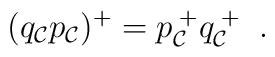
(q_{\cal C}p_{\cal C})^{+}=p_{\cal C}^{\; +}q_{\cal C}^{\; +} \; \; .